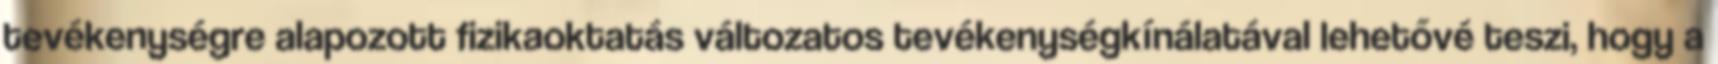
tevékenységre alapozott fizikaoktatás változatos tevékenységkínálatával lehetővé teszi, hogy a